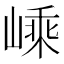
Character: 嵊